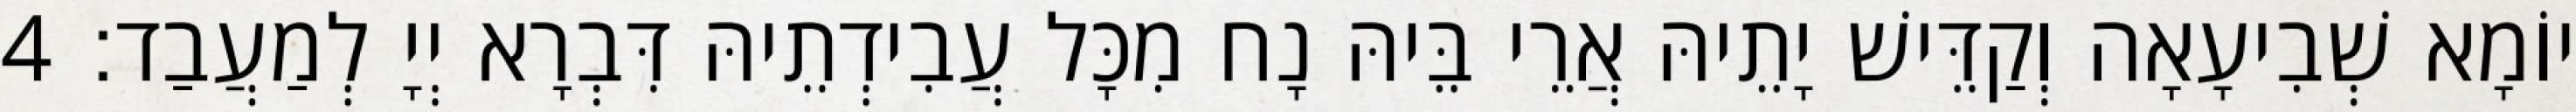
יוֹמָא שְׁבִיעָאָה וְקַדֵּישׁ יָתֵיהּ אֲרֵי בֵּיהּ נָח מִכָּל עֲבִידְתֵיהּ דִּבְרָא יְיָ לְמַעֲבַד׃ 4